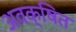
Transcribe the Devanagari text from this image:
अवक्षित